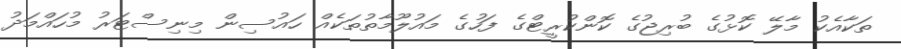
ތަކާއެކު މާލޭ ކޮޅުގެ ބުރިޖުގެ ކޮންކުރީޓްގެ ފަހުގެ މައުލޫމާތުތަކެއް ހައުސިން މިނިސްޓަރު މުހައްމަދު